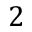
2